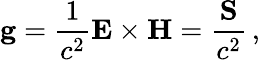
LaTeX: \mathbf{g}={\frac{1}{c^{2}}}\mathbf{E}\times\mathbf{H}={\frac{\mathbf{S}}{c^{2}}}\, ,